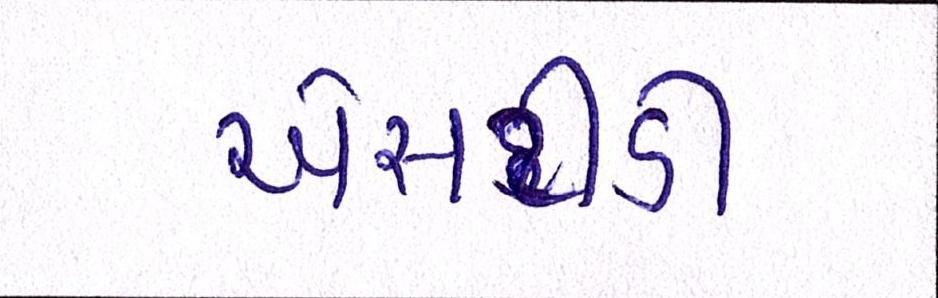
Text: એસટીડી